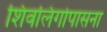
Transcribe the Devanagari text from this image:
शिवलिंगोपासना